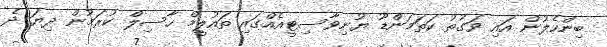
ބިންހެލުން އައި ވަގުތު ކަތަމަންޑޫ ޔުނިވާސިޓީއެއްގައި ތައުލީމް ހާސިލް ކުރަމުން ދިޔަ ދެ